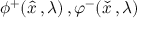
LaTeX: \phi ^ { + } ( { \hat { x } } \, , \lambda ) \, , \varphi ^ { - } ( { \check { x } } \, , \lambda ) \qquad